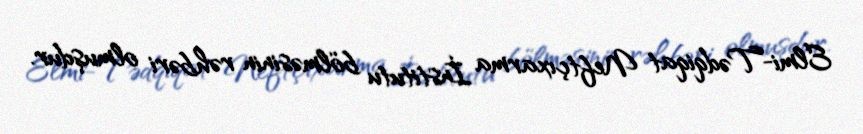
Elmi-Tədqiqat Neftçıxarma İnstitutu bölməsinin rəhbəri olmuşdur.